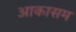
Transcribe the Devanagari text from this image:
आकासम